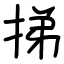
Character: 挮